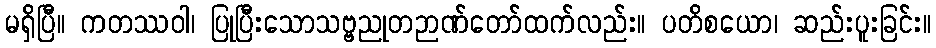
မရှိပြီ။ ကတဿဝါ၊ ပြုပြီးသောသဗ္ဗညုတဉာဏ်တော်ထက်လည်း။ ပတိစယော၊ ဆည်းပူးခြင်း။